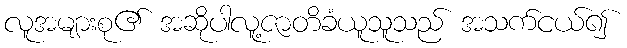
လူအများစု၏ အဆိုပါလူ့ဇာတိခံယူသူသည် အသက်ငယ်၍